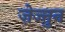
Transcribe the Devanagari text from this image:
ज़ेज्तुन